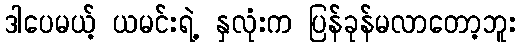
ဒါပေမယ့် ယမင်းရဲ့ နှလုံးက ပြန်ခုန်မလာတော့ဘူး